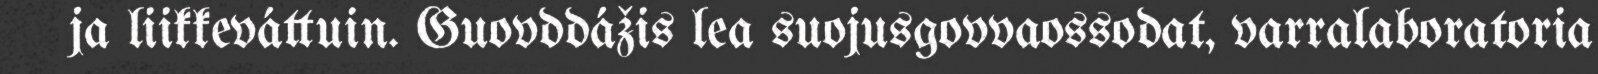
ja liikkeváttuin. Guovddážis lea suojusgovvaossodat, varralaboratoria